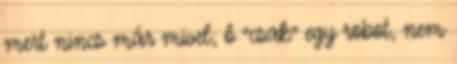
mert nincs már mivel; ő “csak” egy robot, nem